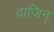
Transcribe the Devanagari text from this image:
वाजिन्